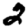
Digit: 2